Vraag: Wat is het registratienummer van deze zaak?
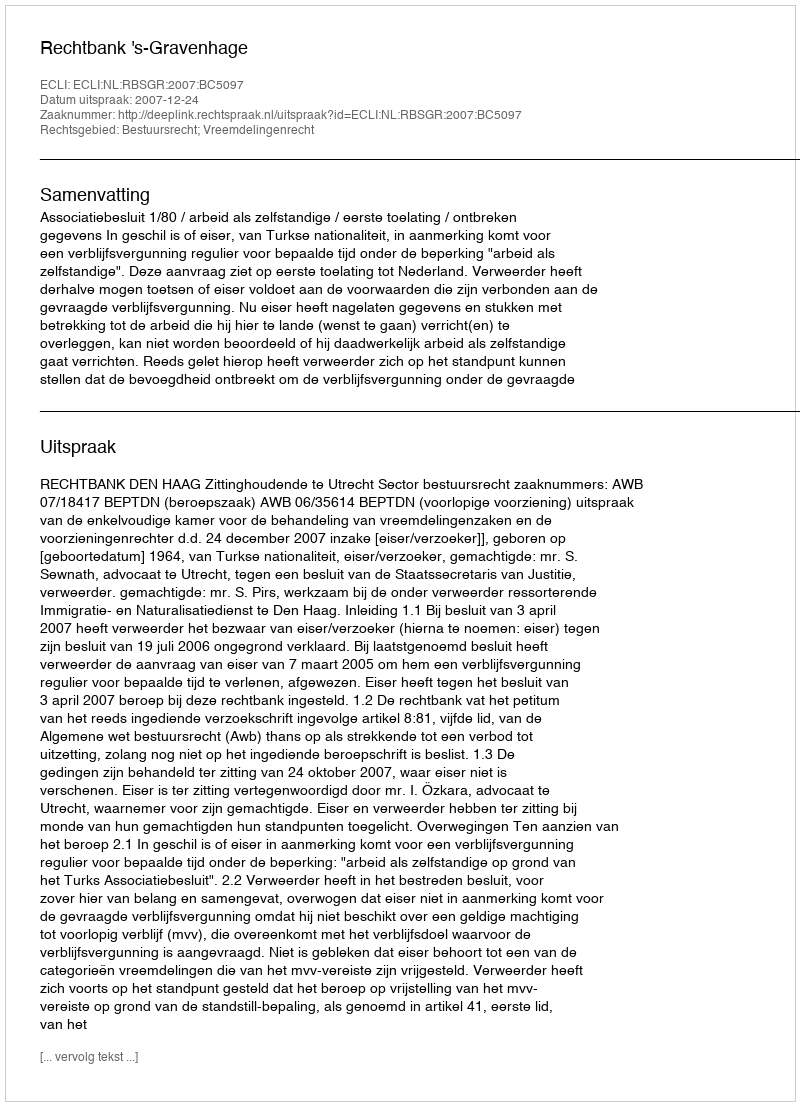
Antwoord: http://deeplink.rechtspraak.nl/uitspraak?id=ECLI:NL:RBSGR:2007:BC5097